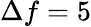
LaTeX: \Delta f=5